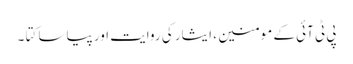
پی ٹی آئی کے مومنین ، ایثار کی روایت اور پیاسا کتا ۔